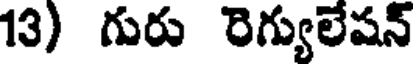
13) గురు రెగ్యులేషన్